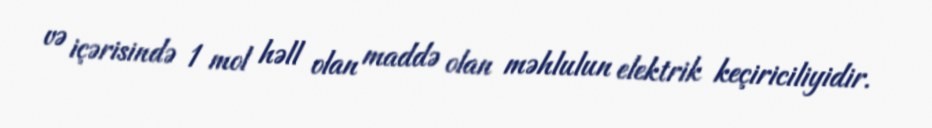
və içərisində 1 mol həll olan maddə olan məhlulun elektrik keçiriciliyidir.